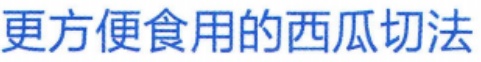
更方便食用的西瓜切法